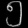
Digit: ၅